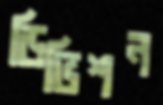
ডিভিশন